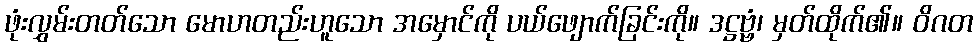
ဖုံးလွှမ်းတတ်သော မောဟတည်းဟူသော အမှောင်ကို ပယ်ဖျောက်ခြင်းကို။ ဒဋ္ဌဗ္ဗံ၊ မှတ်ထိုက်၏။ ဝိဂတ